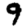
Digit: 9